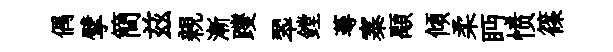
偶擘簡兹親漸躞翆鏜蕚寨顒傾柔眄愤篠